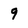
Character: q